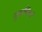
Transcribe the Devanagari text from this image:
गुठलियां